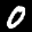
Label: 0